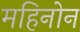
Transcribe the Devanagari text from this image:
महिनोन